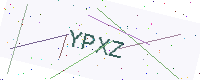
Text: YPXZ